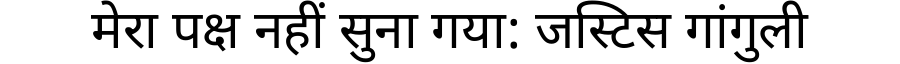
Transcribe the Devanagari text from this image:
मेरा पक्ष नहीं सुना गया: जस्टिस गांगुली